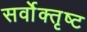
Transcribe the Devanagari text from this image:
सर्वोक्तृष्ट